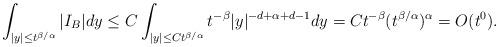
LaTeX: \begin{align*}\int_{|y| \le t^{\beta/\alpha}}|I_{B}|dy \le C\int_{|y| \le C t^{\beta/\alpha}}t^{-\beta}|y|^{-d + \alpha + d - 1}dy = C t^{-\beta}(t^{\beta/\alpha})^{\alpha} = O(t^{0}).\end{align*}